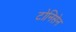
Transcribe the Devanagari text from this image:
टोनिसेन